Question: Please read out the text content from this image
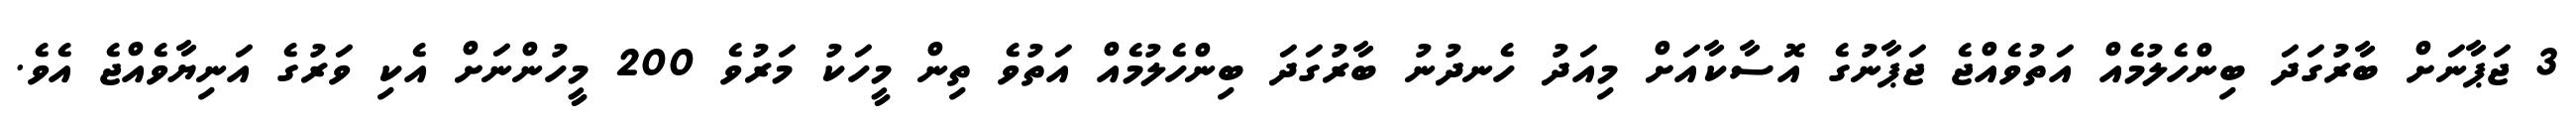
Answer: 3 ޖަޕާނަށް ބާރުގަދަ ބިންހެލުމެއް އަތުވެއްޖެ ޖަޕާނުގެ އޮސާކާއަށް މިއަދު ހެނދުނު ބާރުގަދަ ބިންހެލުމެއް އަތުވެ ތިން މީހަކު މަރުވެ 200 މީހުންނަށް އެކި ވަރުގެ އަނިޔާވެއްޖެ އެވެ.